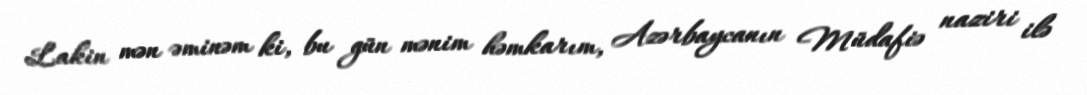
Lakin mən əminəm ki, bu gün mənim həmkarım, Azərbaycanın Müdafiə naziri ilə